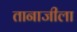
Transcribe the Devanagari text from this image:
तानाजीला